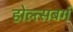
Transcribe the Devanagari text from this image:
होल्त्सबर्ग